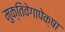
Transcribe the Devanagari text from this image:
मुक्तिवेगापेक्षा